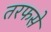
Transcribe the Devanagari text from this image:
तरफसे